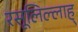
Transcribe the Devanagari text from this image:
रसूलिल्लाह्